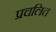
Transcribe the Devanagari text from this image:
प्रचलित